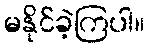
မနိုင်ခဲ့ကြပါ။